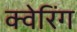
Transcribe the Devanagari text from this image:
क्वेरिंग